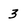
Character: 3